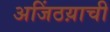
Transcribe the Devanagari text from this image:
अजिंठय़ाची